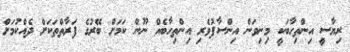
ރިޔާސީ އިންތިހާބަކީ މިނިވަން އިންސާފުވެރި އިންތިހާބެއް ނޫން ކަމަށް ބޭރުގެ ފަރާތްތަކަށް ދެއްކުމަށް